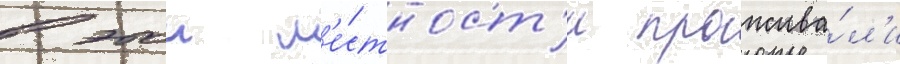
в этои м'е́стност'и прожива́л'и